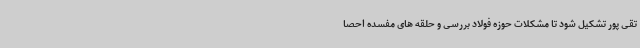
تقی پور تشکیل شود تا مشکلات حوزه فولاد بررسی و حلقه های مفسده احصا